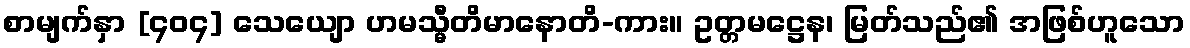
စာမျက်နှာ [၄၀၄] သေယျော ဟမသ္မီတိမာနောတိ-ကား။ ဥတ္တမဋ္ဌေန၊ မြတ်သည်၏ အဖြစ်ဟူသော